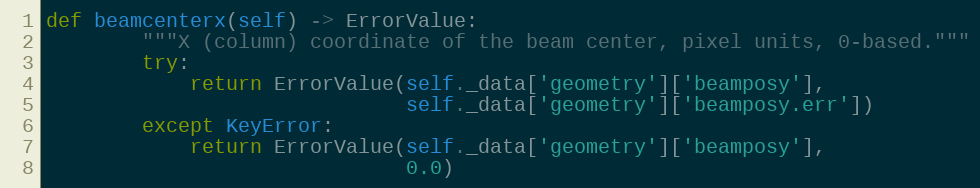
Language: Python
def beamcenterx(self) -> ErrorValue:
        """X (column) coordinate of the beam center, pixel units, 0-based."""
        try:
            return ErrorValue(self._data['geometry']['beamposy'],
                              self._data['geometry']['beamposy.err'])
        except KeyError:
            return ErrorValue(self._data['geometry']['beamposy'],
                              0.0)